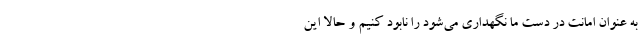
به عنوان امانت در دست ما نگهداری می‌شود را نابود کنیم و حالا این